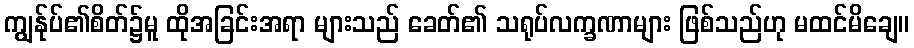
ကျွန်ုပ်၏စိတ်၌မူ ထိုအခြင်းအရာ များသည် ခေတ်၏ သရုပ်လက္ခဏာများ ဖြစ်သည်ဟု မထင်မိချေ။